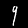
Digit: 9